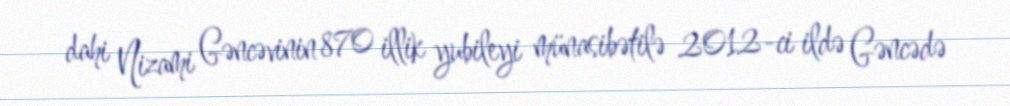
dahi Nizami Gəncəvinin 870 illik yubileyi münasibətilə 2012-ci ildə Gəncədə